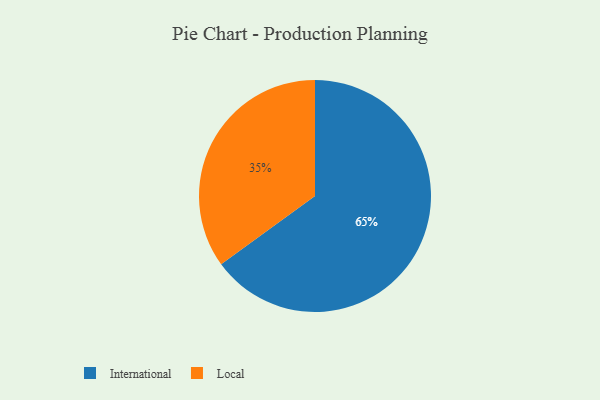
{"axis": {"x": "Category", "y": "Percentage"}, "legend": ["International", "Local"], "data": [{"x": "International", "y": 65, "type": "International"}, {"x": "Local", "y": 35, "type": "Local"}]}